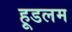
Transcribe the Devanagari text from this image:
हूडलम